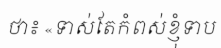
ថា៖ «ទាស់តែកំពស់ខ្ញុំទាប